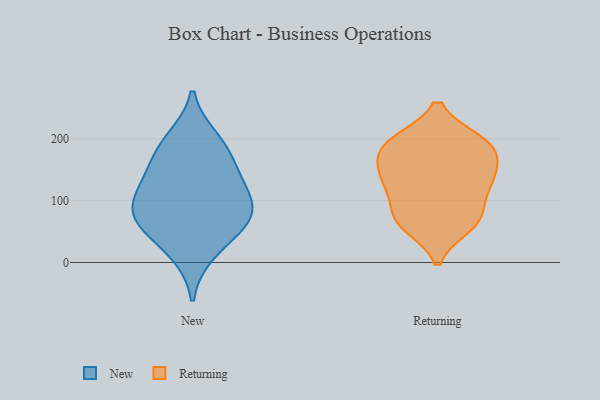
{"axis": {"x": "Tickets Resolved", "y": "Value"}, "legend": ["New", "Returning"], "data": [{"x": "", "y": 70, "type": "New"}, {"x": "", "y": 122, "type": "New"}, {"x": "", "y": 60, "type": "New"}, {"x": "", "y": 16, "type": "New"}, {"x": "", "y": 116, "type": "New"}, {"x": "", "y": 71, "type": "New"}, {"x": "", "y": 88, "type": "New"}, {"x": "", "y": 199, "type": "New"}, {"x": "", "y": 154, "type": "New"}, {"x": "", "y": 182, "type": "New"}, {"x": "", "y": 195, "type": "Returning"}, {"x": "", "y": 132, "type": "Returning"}, {"x": "", "y": 70, "type": "Returning"}, {"x": "", "y": 70, "type": "Returning"}, {"x": "", "y": 60, "type": "Returning"}, {"x": "", "y": 138, "type": "Returning"}, {"x": "", "y": 71, "type": "Returning"}, {"x": "", "y": 193, "type": "Returning"}, {"x": "", "y": 172, "type": "Returning"}, {"x": "", "y": 115, "type": "Returning"}, {"x": "", "y": 154, "type": "Returning"}, {"x": "", "y": 128, "type": "Returning"}, {"x": "", "y": 195, "type": "Returning"}, {"x": "", "y": 188, "type": "Returning"}]}